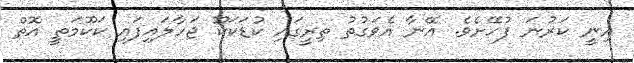
އިނީ ކަރުނަ ފުހޭށެވެ. އޭނާ އެވަގުތު ތިރީގައި ކުޑަކަކޫ ޖަހާލައިފައި ކަކޫމަތީ އޮތް